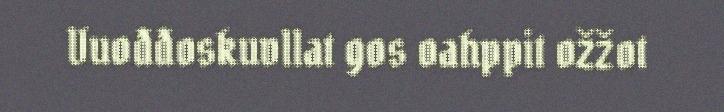
Vuođđoskuvllat gos oahppit ožžot